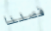
فصلنا